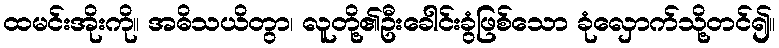
ထမင်းအိုးကို။ အဓိသယိတွာ၊ လူတို့၏ဦးခေါင်းခွံဖြစ်သော ခုံလှောက်သို့တင်၍။